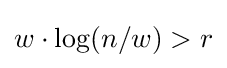
w\cdot \log(n/w)>r